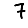
Digit: 7